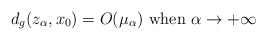
\begin{align*}d_g(z_\alpha, x_0)=O(\mu_\alpha)\hbox{ when }\alpha\to +\infty\end{align*}